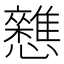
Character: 𭟦